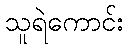
သူရဲကောင်း